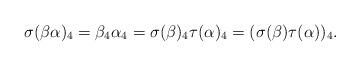
LaTeX: \begin{align*}\sigma(\beta\alpha)_4 = \beta_4 \alpha_4 = \sigma(\beta)_4\tau(\alpha)_4 = (\sigma(\beta)\tau(\alpha))_4.\end{align*}